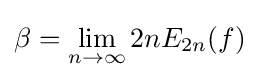
\beta =\lim _{n\to \infty }2nE_{2n}(f)